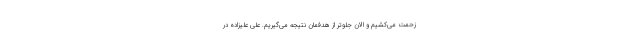
زحمت می‌کشیم و الان جلوتر از هدفمان نتیجه می‌گیریم. علی علیزاده در